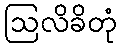
ဩလိခိတုံ